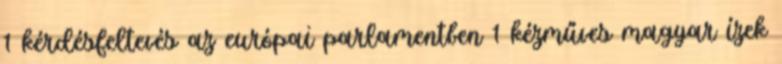
1 kérdésfeltevés az európai parlamentben 1 kézműves magyar ízek